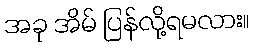
အခု အိမ် ပြန်လို့ရမလား။